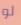
لو